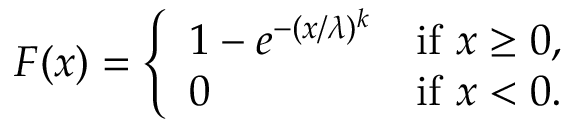
F ( x ) = { \left\{ \begin{array} { l l } { 1 - e ^ { - ( x / \lambda ) ^ { k } } } & { { \mathrm { i f ~ } } x \geq 0 , } \\ { 0 } & { { \mathrm { i f ~ } } x < 0 . } \end{array} \right. }